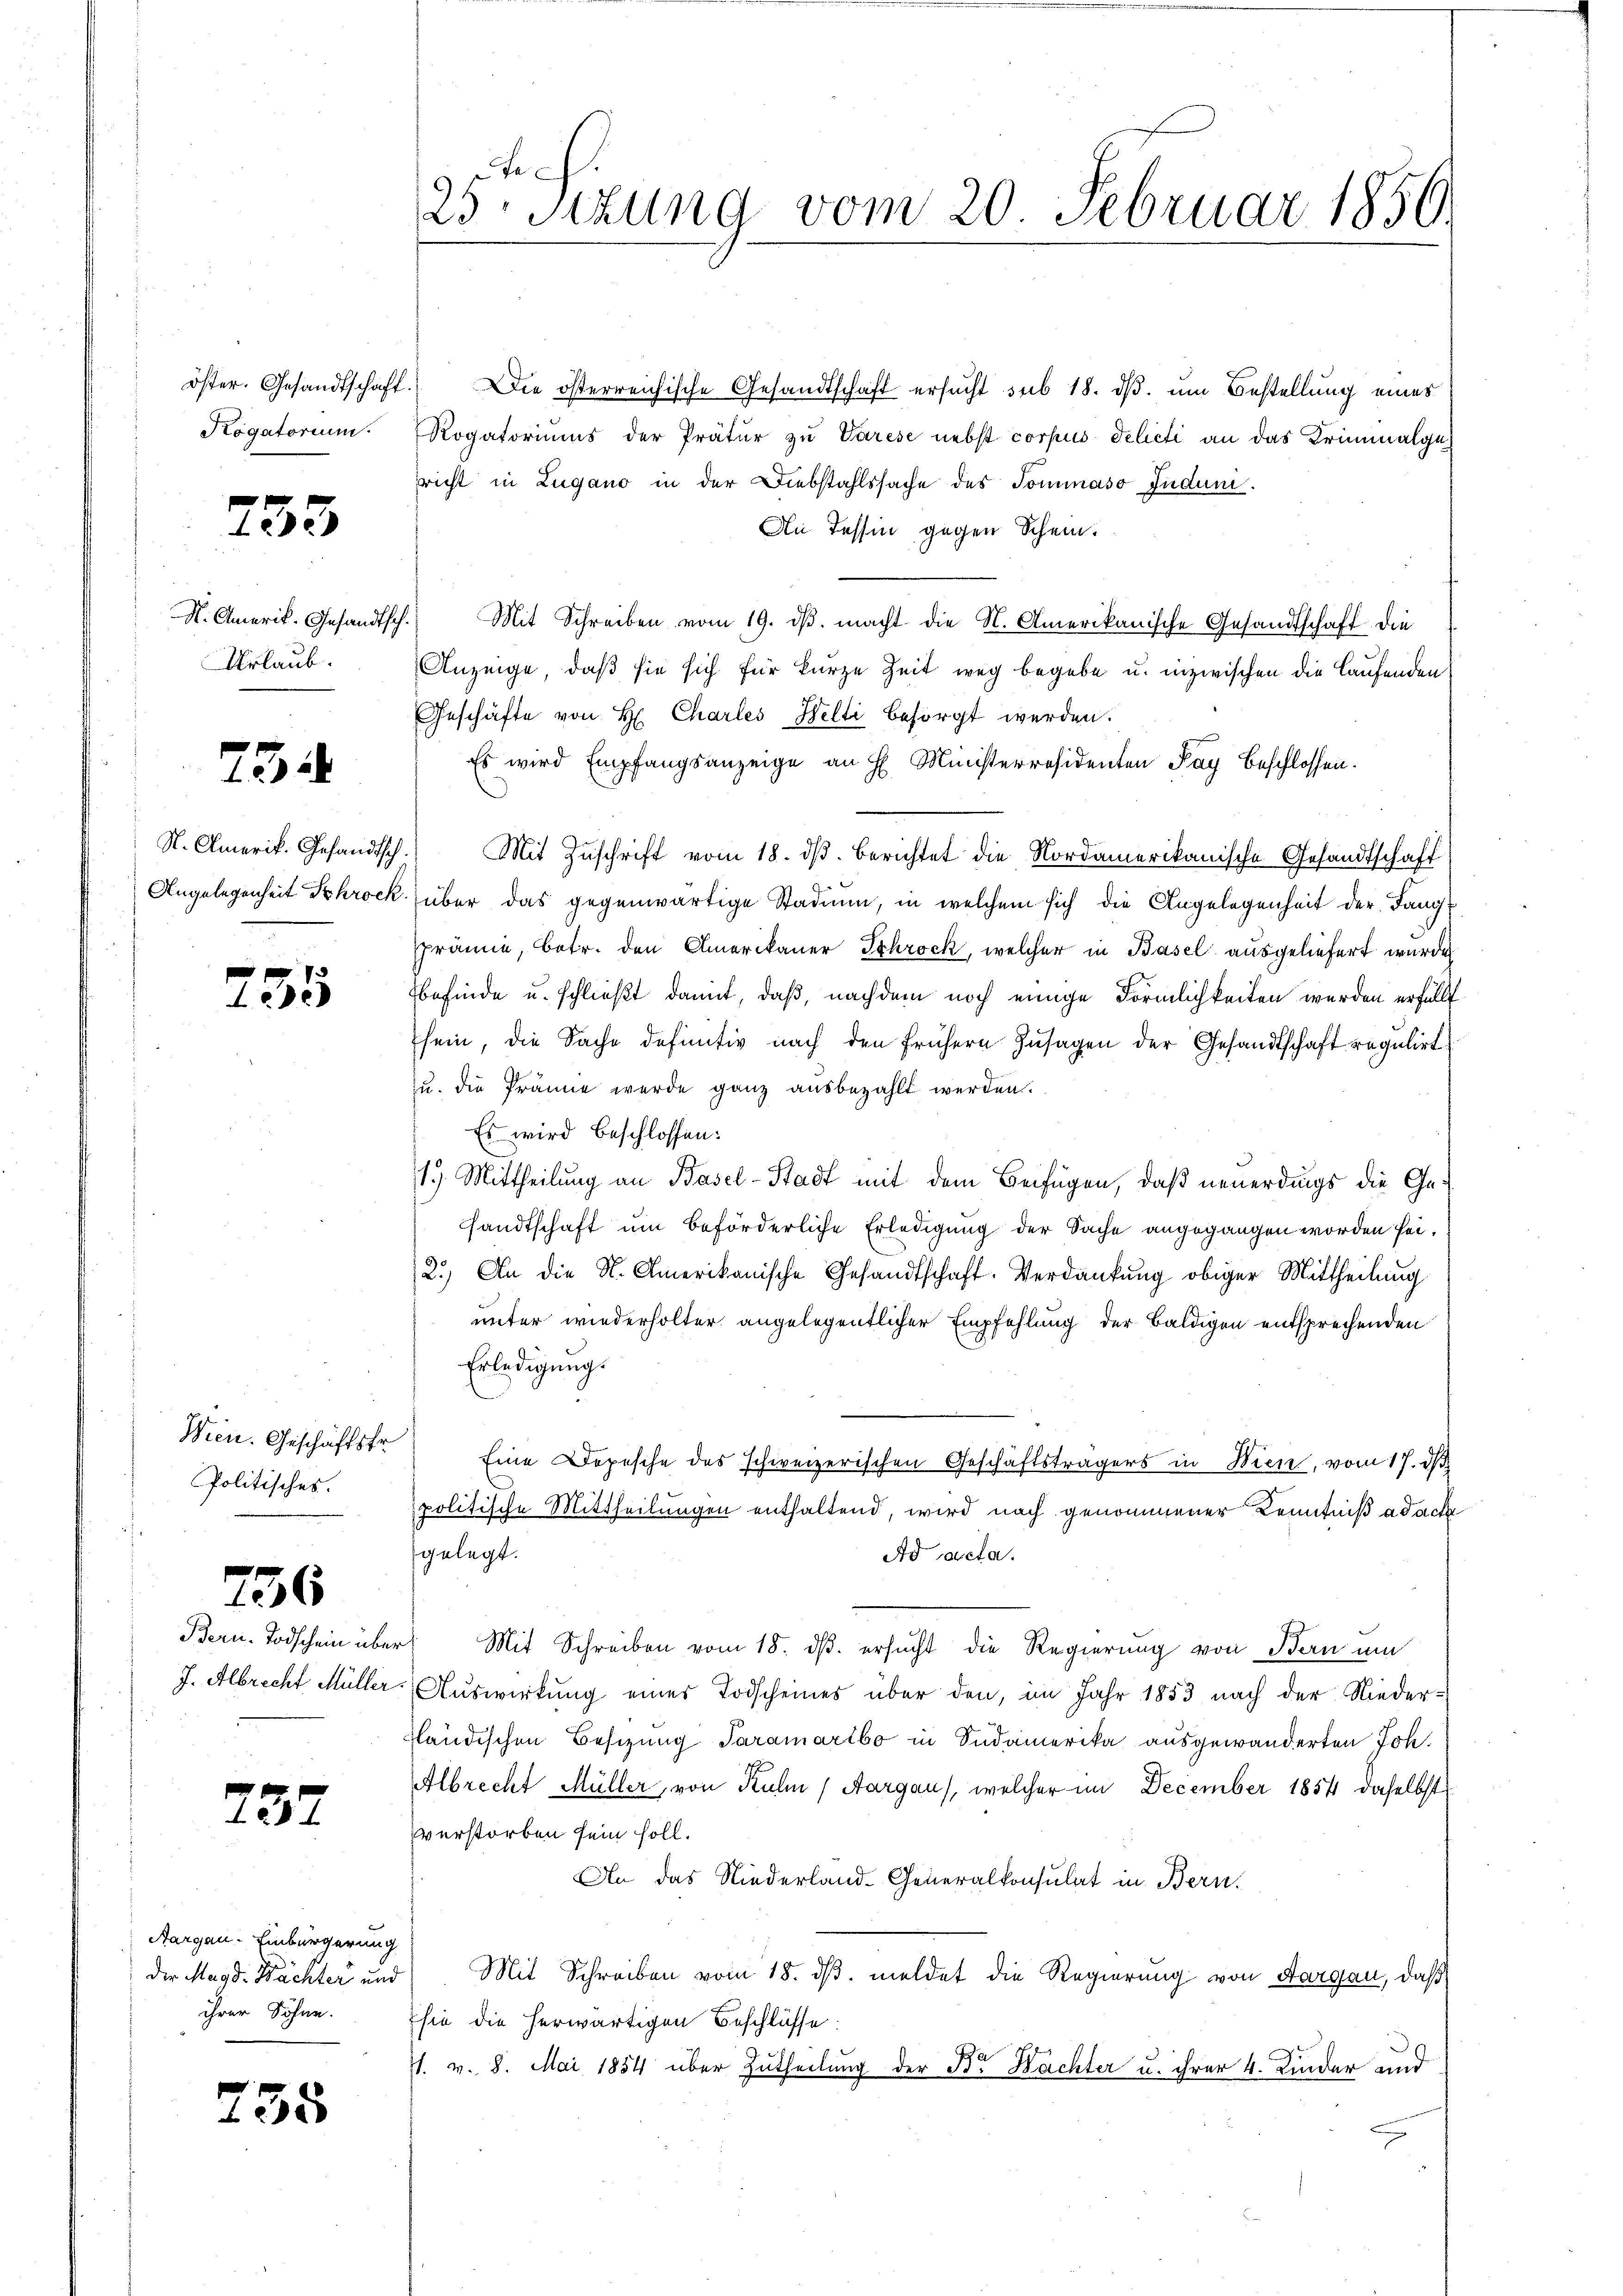
233

Urlaub.

734

733

Wien. Geschäftsfr.
Politisches.

736

737

Aargau-Einbürgerung
ihrer Söhne.

735

öster. Gesandtschaft. Die österreichische Gesandtschaft ersŭcht sub 18. dβ. um Bestellung eines
Kogatorium. Rogatoriŭms der Prätŭr zŭ Varese nebst corpus delicti an das Kriminalgericht in Lugano in der Diebstahlssache des Tominaso Juduni.
An Tessin gegen Schein.
N. Amerik. Gesandtsch. Mit Schreiben vom 19. dβ. macht die N. Amerikanische Gesandtschaft die
Anzeige, daß sie sich für kurze Zeit weg begebe u. inzwischen die laufenden
Geschäfte von H. Charles Welti besorgt werden.
Es wird Empfangsanzeige an H. Ministerresidenten Kay beschlossen.
N. Amerik. Gesandtsch. Mit Zuschrift vom 18. dβ. Berichtet die Nordamerikanische Gesandtschaft
Angelegenheit Schrock über das gegenwärtige Stadium, in welchem sich die Angelegenheit der Fangprämie, betr. den Amerikaner Schrock, welcher in Basel ausgeliefert wurde
befinde u. schließt damit, daß, nachdem noch einige Förmlichkeiten werden erfüllt
sein, die Sache definitiv nach den frühern Zusagen der Gesandtschaft regulirt
zu. die Prämie werde ganz ausbezahlt werden.
Es wird beschlossen:
1.) Mittheilung an Basel-Stadt mit dem Beifügen, daß neuerdings die Gesandtschaft um beförderliche Erledigung der Sache angegangen worden sei.
2.) An die N. Amerikanische Gesandtschaft. Verdankung obiger Mittheilung
unter wiederholter angelegentlicher Empfehlung der baldigen entsprechenden
Erledigung.
Eine Depesche des schweizerischen Geschäftsträgers in Wien, vom 17. d.
politische Mittheilungen enthaltend, wird nach genommener Kenntniß ad acta
gelegt.
Ad pacta.
Bern. Todschein über Mit Schreiben vom 18. dβ. ersŭcht die Regierung von Bern um
J. Albrecht Müller-Auswirkung eines Todscheines über den, im Jahr 1853 nach der Niederfländischen Besizung Paramartbo in Südamerika ausgewanderten Joh.
Albrecht Müller, von Kuhn (Aargau, welcher im December 1854 daselbst
verstorben sein soll.
An das Niederland- Generalkonsulat in Bern,
der Magd. Nächter und Mit Schreiben vom 18. dβ meldet die Regierung von Aargau, daß
sie die herwärtigen Beschlüsse
7. v. 8. Mai 1854 über Zutheilung der Br. Nachter u. ihrer 4. Kinder und

e
25. Sitzung vom 20. Februar 1856.